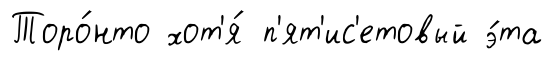
Торо́нто хот'я́ п'ят'ис'етовый э́та